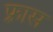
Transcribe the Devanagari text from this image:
फ़्रास